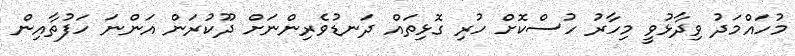
މުހައްމަދު ވިދާޅުވީ މިހާރު ހުސްކޮށް ހުރި ގޮޅިތައް ދަނޑުވެރިންނަށް ދޫކުރަން އަންނަ ހަފުތާއިން